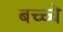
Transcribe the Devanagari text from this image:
बच्च्चे